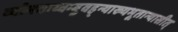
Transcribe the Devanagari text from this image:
व्योमवाय्वम्बुवह्न्याख्यभूतान्यासीत्